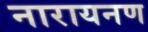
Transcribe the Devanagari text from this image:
नारायनण